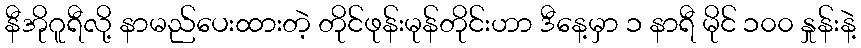
နီအိုဂူရီလို့ နာမည်ပေးထားတဲ့ တိုင်ဖုန်းမုန်တိုင်းဟာ ဒီနေ့မှာ ၁ နာရီ မိုင် ၁၀၀ နှုန်းနဲ့